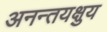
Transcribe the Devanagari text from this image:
अनन्तयक्षुय